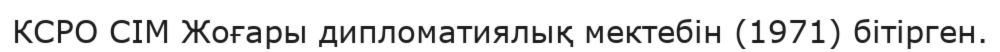
КСРО СІМ Жоғары дипломатиялық мектебін (1971) бітірген.